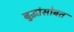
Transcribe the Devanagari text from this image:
बुद्धांसोबत